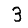
Digit: 3